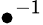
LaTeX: \bullet^{-1}